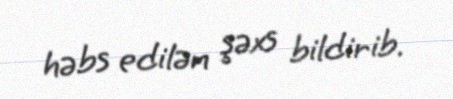
həbs edilən şəxs bildirib.